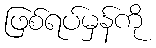
ဖြစ်ရပ်မှန်ကို